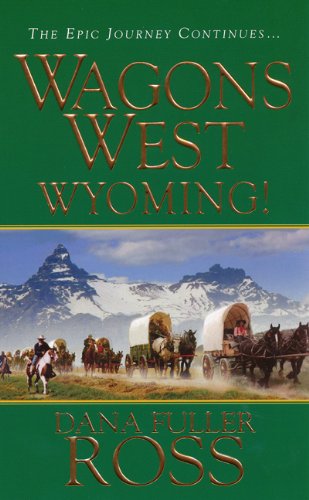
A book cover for Wagons West: Wyoming!; Dana Fuller Ross; Literature & Fiction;